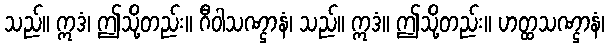
သည်။ ဣဒံ၊ ဤသို့တည်း။ ဂီဝါသဏ္ဌာနံ၊ သည်။ ဣဒံ။ ဤသို့တည်း။ ဟတ္ထသဏ္ဌာနံ၊